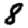
Digit: 8